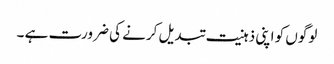
لوگوں کو اپنی ذہنیت تبدیل کرنے کی ضرورت ہے ۔